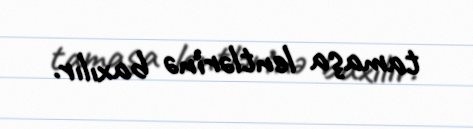
tamaşa lentlərinə baxılır.